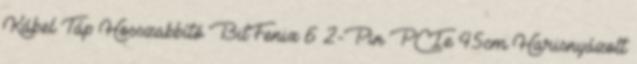
Kábel Táp Hosszabbító BitFenix 6 2-Pin PCIe 45cm Harisnyázott